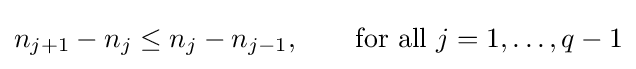
n_{j+1}-n_{j}\leq n_{j}-n_{j-1},\qquad {\mbox{for all }}j=1,\ldots ,q-1